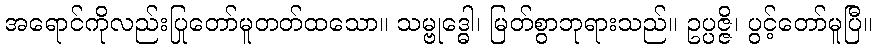
အရောင်ကိုလည်းပြုတော်မူတတ်ထသော။ သမ္ဗုဒ္ဓေါ၊ မြတ်စွာဘုရားသည်။ ဥပ္ပဇ္ဇိ၊ ပွင့်တော်မူပြီ။